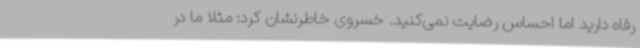
رفاه دارید اما احساس رضایت نمی‌کنید. خسروی خاطرنشان کرد: مثلا ما در